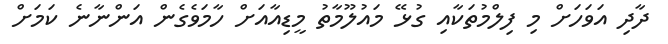
ދާދި އަވަހަށް މި ފިލްމުތަކާއި ގުޅޭ މައުލޫމާތު މީޑިއާއަށް ހާމަވެގެން އަންނާނެ ކަމަށް